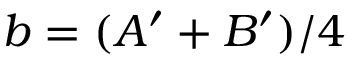
b = ( A ^ { \prime } + B ^ { \prime } ) / 4